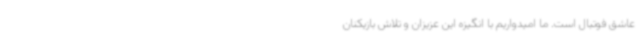
عاشق فوتبال است. ما امیدواریم با انگیزه این عزیزان و تلاش بازیکنان